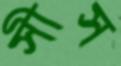
সীস